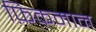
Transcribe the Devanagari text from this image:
फ़िकमान